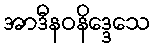
အာဒီနဝနိဒ္ဒေသေ